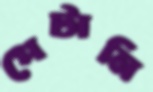
পেটানি